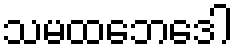
သမထဘေဒေါ